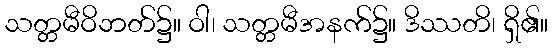
သတ္တမီဝိဘတ်၌။ ဝါ၊ သတ္တမီအနက်၌။ ဒိဿတိ၊ ရှိ၏။